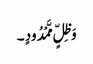
وَ ظِلٍّ مَّمْدُودٍ ۔